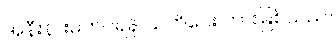
အနီးနားမကပ်ရန် သတိပေး တားမြစ်သည်။